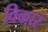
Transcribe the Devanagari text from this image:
विकारं